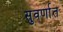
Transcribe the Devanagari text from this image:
सुवर्णात